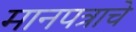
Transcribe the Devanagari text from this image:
मानपत्राचे